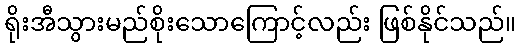
ရိုးအီသွားမည်စိုးသောကြောင့်လည်း ဖြစ်နိုင်သည်။